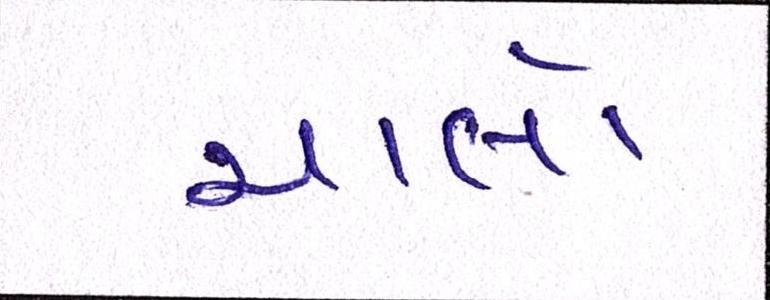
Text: ચાલો